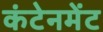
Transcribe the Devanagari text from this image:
कंटेनमेंट